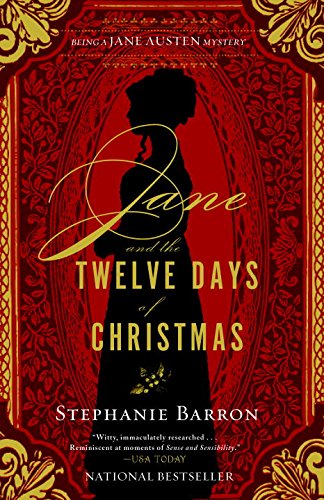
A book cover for Jane and the Twelve Days of Christmas (Being a Jane Austen Mystery); Stephanie Barron; Romance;